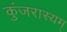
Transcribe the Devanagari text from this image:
कुंजरास्यम्